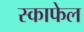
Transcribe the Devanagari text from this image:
स्काफेल